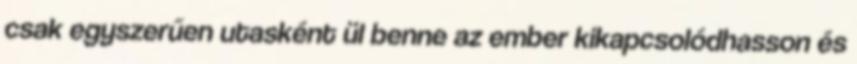
csak egyszerűen utasként ül benne az ember kikapcsolódhasson és